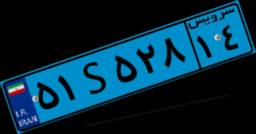
۵۱S۵۲۸۱۴